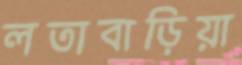
লতাবাড়িয়া